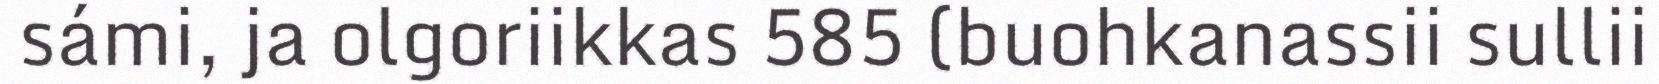
sámi, ja olgoriikkas 585 (buohkanassii sullii